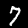
Digit: 7